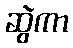
ဆွဲကာ